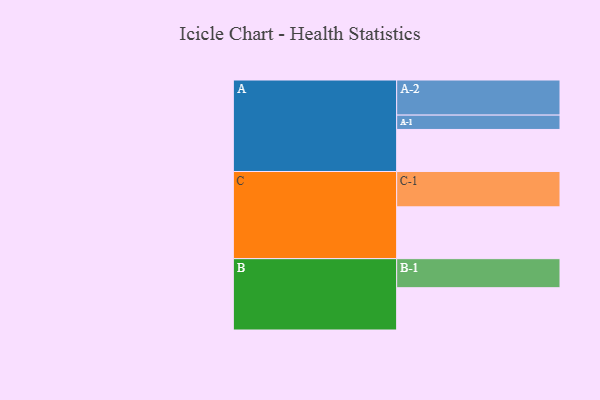
{"axis": {"x": "Segment", "y": "Value"}, "legend": ["", "A", "B", "C"], "data": [{"x": "A", "y": 340, "type": ""}, {"x": "B", "y": 342, "type": ""}, {"x": "C", "y": 419, "type": ""}, {"x": "A-1", "y": 116, "type": "A"}, {"x": "A-2", "y": 284, "type": "A"}, {"x": "B-1", "y": 235, "type": "B"}, {"x": "C-1", "y": 286, "type": "C"}]}